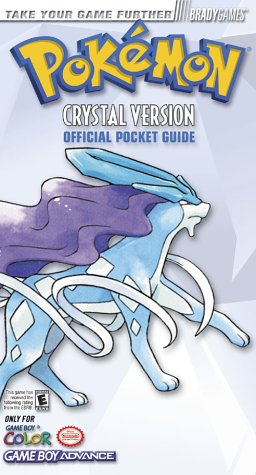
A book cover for PokÃ©mon Crystal Official Pocket Guide; Phillip Marcus; Computers & Technology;